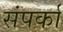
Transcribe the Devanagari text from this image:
संपर्का